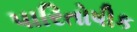
પારિતોષીક